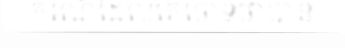
ករណីដែលគេចោទថាបាន